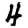
Digit: 4